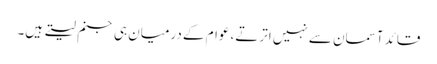
قائد آسمان سے نہیں اترتے، عوام کے درمیان ہی جنم لیتے ہیں۔